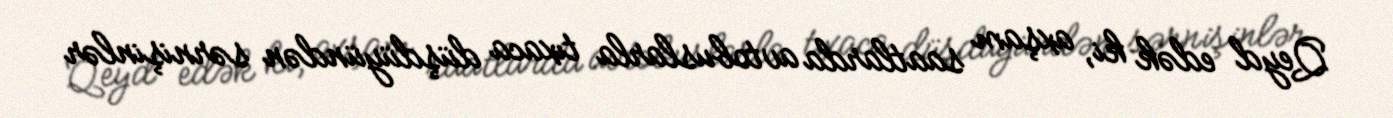
Qeyd edək ki, axşam saatlarda avtobuslarla tıxaca düşdüyündən sərnişinlər